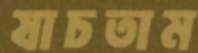
যাচতাম